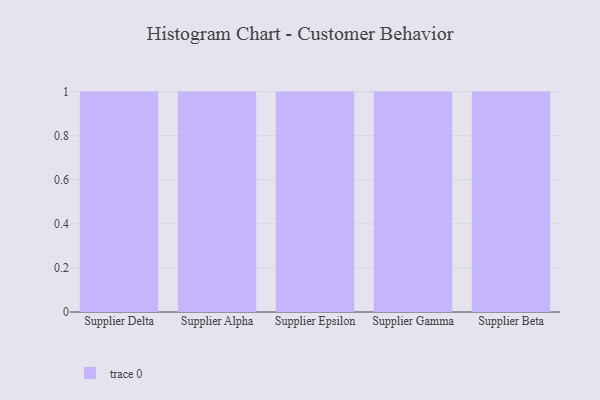
{"axis": {"x": "Supplier", "y": "Revenue (USD Million)"}, "legend": [""], "data": [{"x": "Supplier Delta", "y": 63, "type": ""}, {"x": "Supplier Alpha", "y": 45, "type": ""}, {"x": "Supplier Epsilon", "y": 52, "type": ""}, {"x": "Supplier Gamma", "y": 57, "type": ""}, {"x": "Supplier Beta", "y": 38, "type": ""}]}